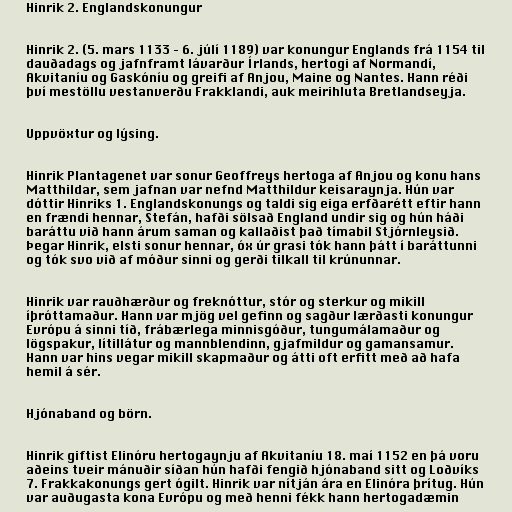
Hinrik 2. Englandskonungur

Hinrik 2. (5. mars 1133 – 6. júlí 1189) var konungur Englands frá 1154 til
dauðadags og jafnframt lávarður Írlands, hertogi af Normandí,
Akvitaníu og Gaskóníu og greifi af Anjou, Maine og Nantes. Hann réði
því mestöllu vestanverðu Frakklandi, auk meirihluta Bretlandseyja.

Uppvöxtur og lýsing.

Hinrik Plantagenet var sonur Geoffreys hertoga af Anjou og konu hans
Matthildar, sem jafnan var nefnd Matthildur keisaraynja. Hún var
dóttir Hinriks 1. Englandskonungs og taldi sig eiga erfðarétt eftir hann
en frændi hennar, Stefán, hafði sölsað England undir sig og hún háði
baráttu við hann árum saman og kallaðist það tímabil Stjórnleysið.
Þegar Hinrik, elsti sonur hennar, óx úr grasi tók hann þátt í baráttunni
og tók svo við af móður sinni og gerði tilkall til krúnunnar.

Hinrik var rauðhærður og freknóttur, stór og sterkur og mikill
íþróttamaður. Hann var mjög vel gefinn og sagður lærðasti konungur
Evrópu á sinni tíð, frábærlega minnisgóður, tungumálamaður og
lögspakur, lítillátur og mannblendinn, gjafmildur og gamansamur.
Hann var hins vegar mikill skapmaður og átti oft erfitt með að hafa
hemil á sér.

Hjónaband og börn.

Hinrik giftist Elinóru hertogaynju af Akvitaníu 18. maí 1152 en þá voru
aðeins tveir mánuðir síðan hún hafði fengið hjónaband sitt og Loðvíks
7. Frakkakonungs gert ógilt. Hinrik var nítján ára en Elinóra þrítug. Hún
var auðugasta kona Evrópu og með henni fékk hann hertogadæmin